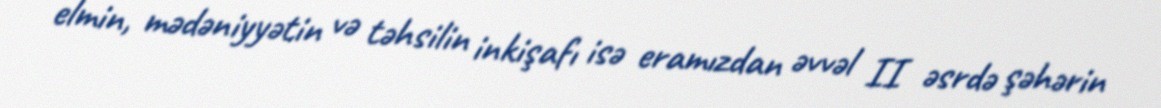
elmin, mədəniyyətin və təhsilin inkişafı isə eramızdan əvvəl II əsrdə şəhərin